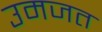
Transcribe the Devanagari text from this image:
उमजत